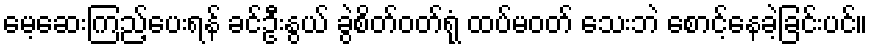
မေ့ဆေးကြည့်ပေးရန် ခင်ဦးနွယ် ခွဲစိတ်ဝတ်ရုံ ထပ်မဝတ် သေးဘဲ စောင့်နေခဲ့ခြင်းပင်။